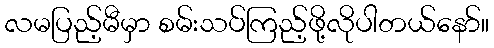
လမပြည့်မီမှာ စမ်းသပ်ကြည့်ဖို့လိုပါတယ်နော်။